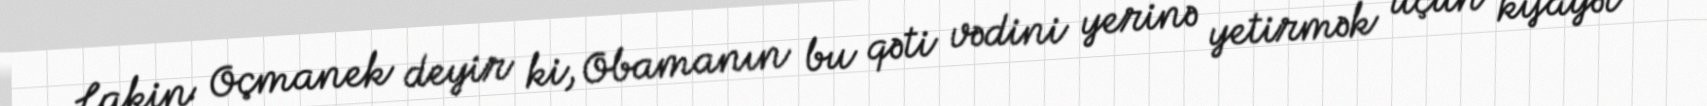
Lakin Oçmanek deyir ki, Obamanın bu qəti vədini yerinə yetirmək üçün kifayət